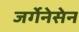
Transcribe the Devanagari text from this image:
जर्गेनेसेन